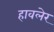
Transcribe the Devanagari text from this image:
हावलेर